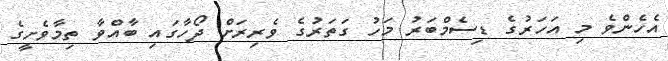
އެހެންވެ މި އަހަރުގެ ޑިސެމްބަރު މަހު ގަތަރުގެ ވެރިރަށް ދޯހާގައި ބާއްވާ ތިމާވެށީގެ